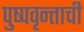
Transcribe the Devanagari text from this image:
पुष्पवृन्ताची